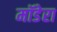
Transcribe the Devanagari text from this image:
मॉडेरा